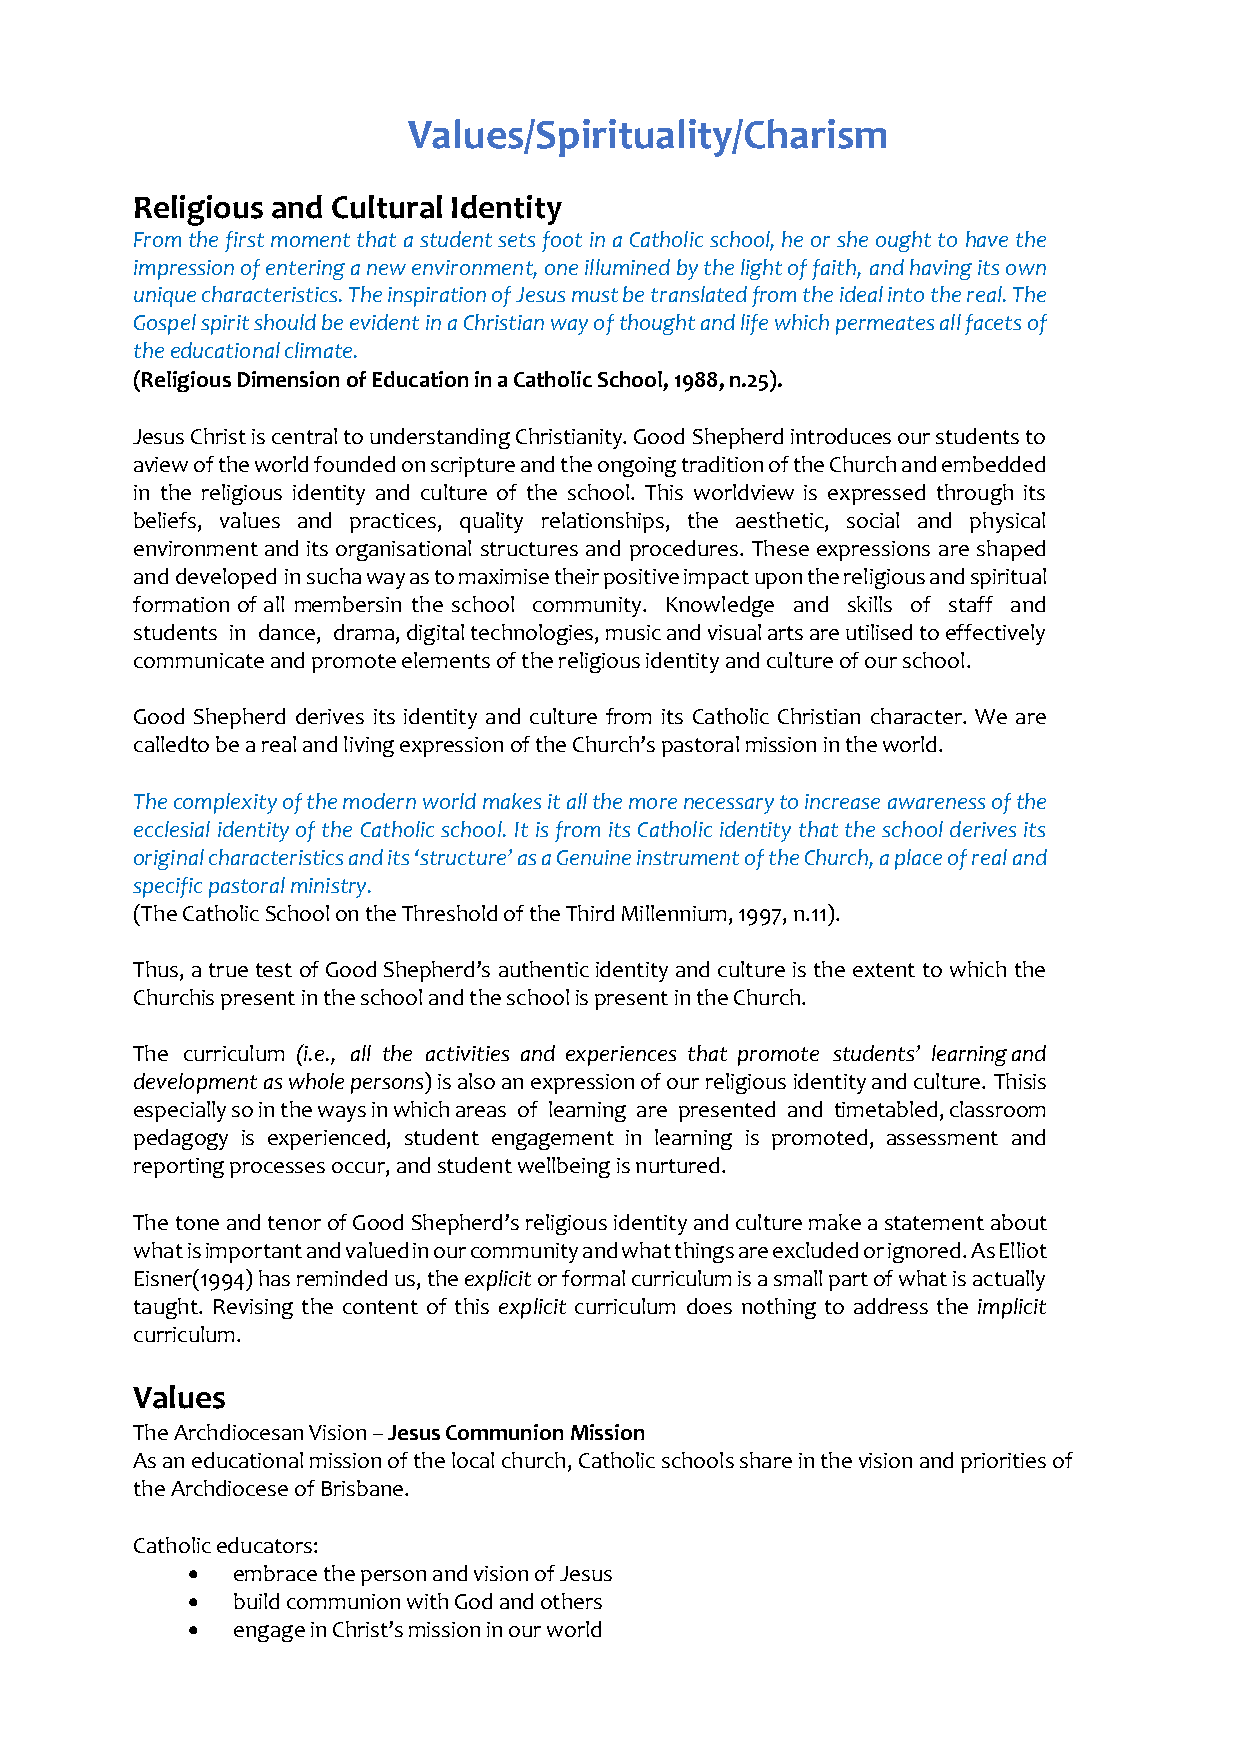
Values/Spirituality/Charism
 Religious and Cultural Identity
 From the first moment that a student sets foot in a Catholic school, he or she ought to have the
 impression of entering a new environment, one illumined by the light of faith, and having its own
 unique characteristics. The inspiration of Jesus must be translated from the ideal into the real. The
 Gospel spirit should be evident in a Christian way of thought and life which permeates all facets of
 the educational climate.
 (Religious Dimension of Education in a Catholic School, 1988, n.25).
 Jesus Christ is central to understanding Christianity. Good Shepherd introduces our students to
 a view of the world founded on scripture and the ongoing tradition of the Church and embedded
 in the religious identity and culture of the school. This worldview is expressed through its
 beliefs, values and practices, quality relationships, the aesthetic, social and physical
 environment and its organisational structures and procedures. These expressions are shaped
 and developed in such a way as to maximise their positive impact upon the religious and spiritual
 formation of all members in the school community. Knowledge and skills of staff and
 students in dance, drama, digital technologies, music and visual arts are utilised to effectively
 communicate and promote elements of the religious identity and culture of our school.
 Good Shepherd derives its identity and culture from its Catholic Christian character. We are
 called to be a real and living expression of the Church’s pastoral mission in the world.
 The complexity of the modern world makes it all the more necessary to increase awareness of the
 ecclesial identity of the Catholic school. It is from its Catholic identity that the school derives its
 original characteristics and its ‘structure’ as a Genuine instrument of the Church, a place of real and
 specific pastoral ministry.
 (The Catholic School on the Threshold of the Third Millennium, 1997, n.11).
 Thus, a true test of Good Shepherd’s authentic identity and culture is the extent to which the
 Church is present in the school and the school is present in the Church.
 The curriculum (i.e., all the activities and experiences that promote students’ learning and
 development as whole persons) is also an expression of our religious identity and culture. This is
 especially so in the ways in which areas of learning are presented and timetabled, classroom
 pedagogy is experienced, student engagement in learning is promoted, assessment and
 reporting processes occur, and student wellbeing is nurtured.
 The tone and tenor of Good Shepherd’s religious identity and culture make a statement about
 what is important and valued in our community and what things are excluded or ignored. As Elliot
 Eisner (1994) has reminded us, the explicit or formal curriculum is a small part of what is actually
 taught. Revising the content of this explicit curriculum does nothing to address the implicit
 curriculum.
 Values
 The Archdiocesan Vision – Jesus Communion Mission
 As an educational mission of the local church, Catholic schools share in the vision and priorities of
 the Archdiocese of Brisbane.
 Catholic educators:
 •  embrace the person and vision of Jesus
 •  build communion with God and others
 •  engage in Christ’s mission in our world